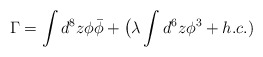
\begin{align*}\Gamma=\int d^8 z \phi\bar{\phi}+\big(\lambda \int d^6 z {\phi}^3+ h.c.)\end{align*}